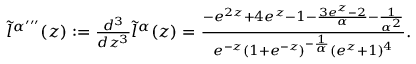
\begin{array} { r } { \tilde { l } ^ { \alpha ^ { \prime \prime \prime } } ( z ) : = \frac { d ^ { 3 } } { d z ^ { 3 } } \tilde { l } ^ { \alpha } ( z ) = \frac { - e ^ { 2 z } + 4 e ^ { z } - 1 - \frac { 3 e ^ { z } - 2 } { \alpha } - \frac { 1 } { \alpha ^ { 2 } } } { e ^ { - z } \left( 1 + e ^ { - z } \right) ^ { - \frac { 1 } { \alpha } } ( e ^ { z } + 1 ) ^ { 4 } } . } \end{array}